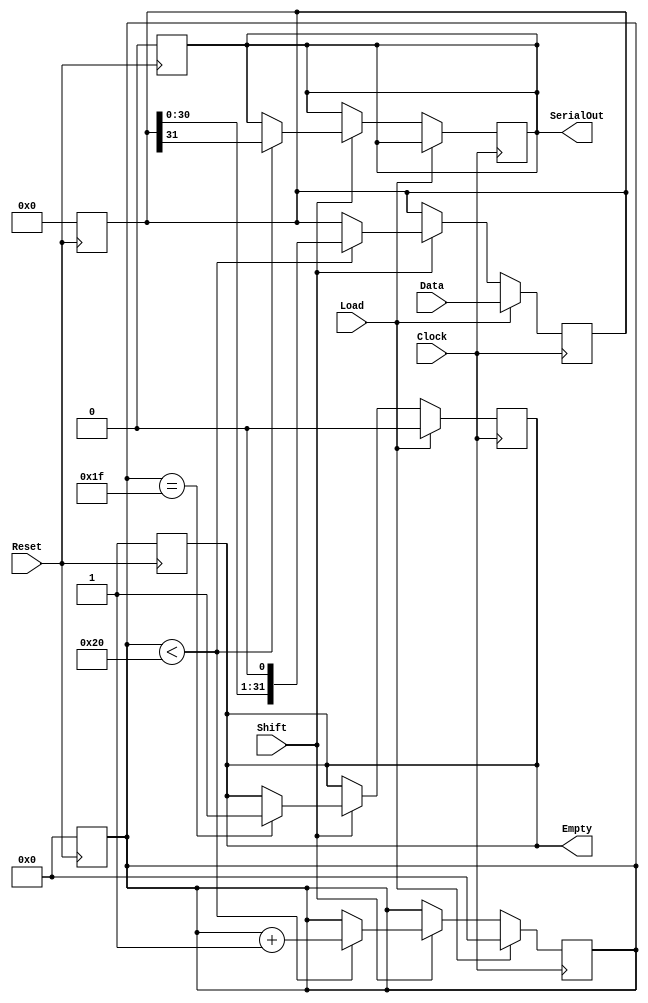
module PISO_Register (
    input wire [31:0] Data,      // 32-bit parallel input data bus
    input wire Load,             // Control signal to load data
    input wire Shift,            // Control signal to enable shifting
    input wire Clock,            // Clock signal
    input wire Reset,            // Asynchronous reset signal
    output reg SerialOut,        // Serial output
    output reg Empty             // Indicates if the register is empty
);

    reg [31:0] shift_reg;        // 32-bit shift register
    reg [5:0] bit_counter;       // 6-bit counter to track bits shifted out

    // Asynchronous reset
    always @(posedge Reset) begin
        shift_reg <= 32'b0;      // Clear the shift register
        bit_counter <= 6'b0;     // Reset the bit counter
        SerialOut <= 1'b0;       // Clear the SerialOut
        Empty <= 1'b1;           // Register is empty
    end

    // Main operation on clock edge
    always @(posedge Clock) begin
        if (Load) begin
            shift_reg <= Data;    // Load data into the shift register
            bit_counter <= 6'b0;   // Reset the bit counter
            Empty <= 1'b0;         // Register is not empty
        end else if (Shift) begin
            if (bit_counter < 32) begin
                SerialOut <= shift_reg[31]; // Shift out the MSB
                shift_reg <= {shift_reg[30:0], 1'b0}; // Shift left
                bit_counter <= bit_counter + 1; // Increment the counter
            end
            if (bit_counter == 31) begin
                Empty <= 1'b1; // Set Empty when all bits have been shifted out
            end
        end
    end

endmodule